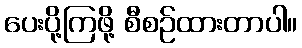
ပေးပို့ကြဖို့ စီစဉ်ထားတာပါ။